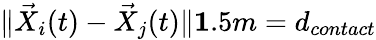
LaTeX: \| \vec{X}_{i}(t)-\vec{X}_{j}(t)\| \le 1.5m=d_{contact}